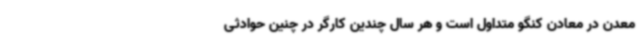
معدن در معادن کنگو متداول است و هر سال چندین کارگر در چنین حوادثی